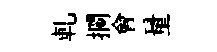
軋攔會量